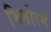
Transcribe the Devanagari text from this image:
भितोरमें